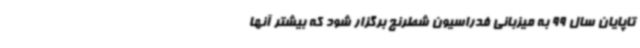
تاپایان سال 99 به میزبانی فدراسیون شطرنج برگزار شود که بیشتر آنها